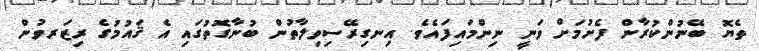
ތެޔޮ ބޭނުންކުރާން ފެށުމަށް ވަނީ ނިންމައިފައެވެ. އިނގިރޭސިވިލާތުން ބުނާގޮތުގައި އެ ޤައުމުގެ ރިޒަރވުން